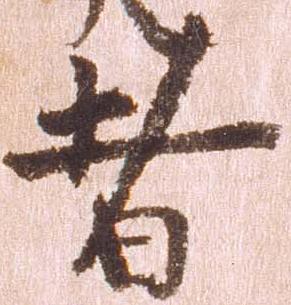
者